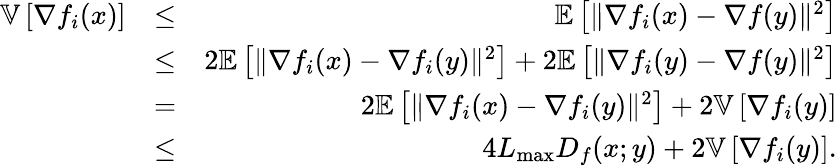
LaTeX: \begin{array}{rlr}{\mathbb{V}\left[\nabla f_{i}(x)\right]}&{\leq}&{\mathbb{E}\left[\Vert\nabla f_{i}(x)-\nabla f(y)\Vert^{2}\right]}\\ &{\leq}&{2\mathbb{E}\left[\Vert\nabla f_{i}(x)-\nabla f_{i}(y)\Vert^{2}\right]+2\mathbb{E}\left[\Vert\nabla f_{i}(y)-\nabla f(y)\Vert^{2}\right]}\\ &{=}&{2\mathbb{E}\left[\Vert\nabla f_{i}(x)-\nabla f_{i}(y)\Vert^{2}\right]+2\mathbb{V}\left[\nabla f_{i}(y)\right]}\\ &{\leq}&{4L_{\operatorname*{max}}D_{f}(x;y)+2\mathbb{V}\left[\nabla f_{i}(y)\right].}\end{array}